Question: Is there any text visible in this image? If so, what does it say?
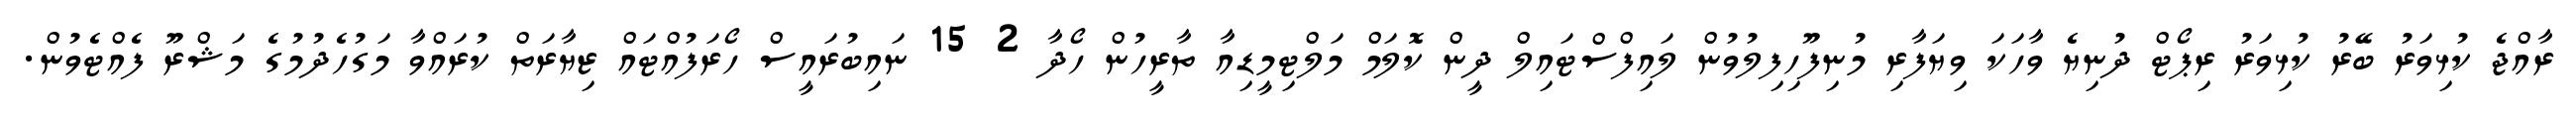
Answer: ރާއްޖެ ކުޅިވަރު ބޭރު ކުޅިވަރު ރިޕޯޓް ދުނިޔެ ވާހަކަ ވިޔަފާރި މުނިފޫހިފިލުވުން ލައިފްސްޓައިލް ދީން ކޮލަމް މަލްޓިމީޑިއާ ތާރީހުން ހޯދާ 2 15 ނައިބުރައީސް ހޯރަފުއްޓައް ޒިޔާރަތް ކުރައްވާ މަގުހެދުމުގެ މަޝްރޫ ފެއްޓެވުން.